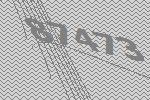
87473